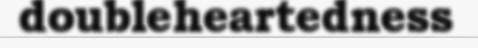
doubleheartedness